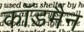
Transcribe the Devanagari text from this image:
कॉडमैन